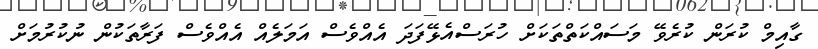
ގާއިމް ކުރަން ކުރެވޭ މަސައްކަތްތަކަށް ހުރަސްއެޅޭފަދަ އެއްވެސް އަމަލެއް އެއްވެސް ފަރާތަކުން ނުކުރުމަށް